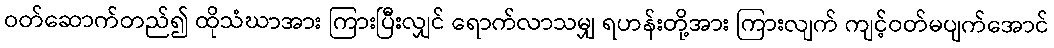
ဝတ်ဆောက်တည်၍ ထိုသံဃာအား ကြားပြီးလျှင် ရောက်လာသမျှ ရဟန်းတို့အား ကြားလျက် ကျင့်ဝတ်မပျက်အောင်